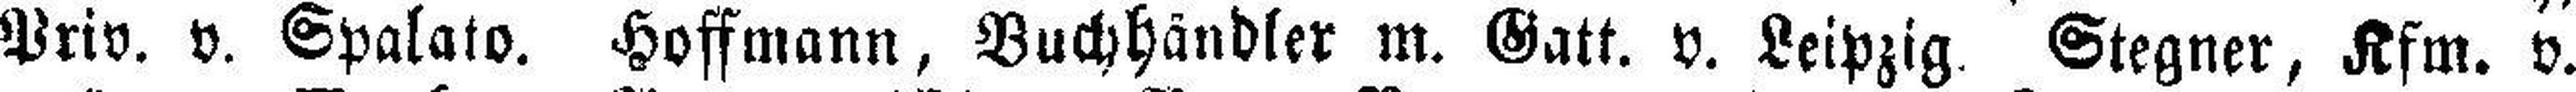
Priv. v. Spalato. Hoffmann, Buchhändler m. Gatt. v. Leipzig. Stegner, Kfm. v.